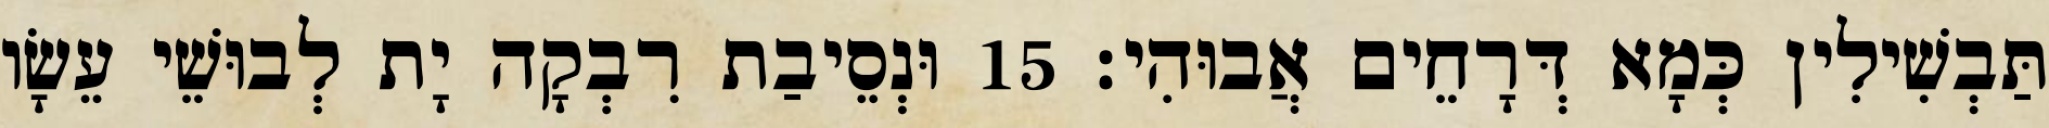
תַּבְשִׁילִין כְּמָא דְּרָחֵים אֲבוּהִי׃ 15 וּנְסֵיבַת רִבְקָה יָת לְבוּשֵׁי עֵשָׂו